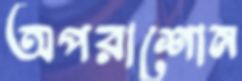
অপরাশোন